Vaccination in Bombay 1863-1868 - 1863-1868
Year: 1863
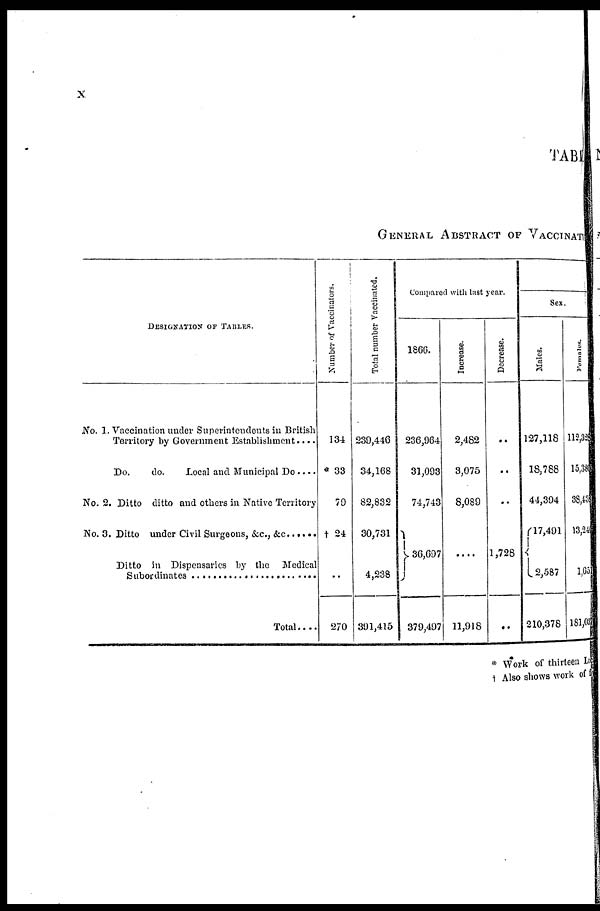
x
TABLE
GENERAL ABSTRACT OF VACCI NATED
DESIGNATION OF TABLES.
No. 1. Vaccination under Superintendents in British
Territory by Government Establishment ....
Do.
do.
Local and Municipal Do....
No. 2. Ditto ditto and others in Native Territory
No. 3. Ditto under Civil Surgeons, &c., &c......
Ditto in Dispensaries by the Medical
Subordinates ...........................
Total....
Number of Vaccinators.
134
* 33
79
† 24
..
270
Total number Vaccinated.
239,446
34,168
82,832
30,731
4,238
391,415
Compared with last year.
1866.
236,964
31,093
74,743
36,697
379,497
Increase.
2,482
3,075
8,089
....
11,918
Decrease.
..
..
..
1,728
..
Sex.
Males.
127,118
18,788
44,394
17,491
2,587
210,378
Females.
113,328
15,380
38,438
13,240
1,651
181,037
* Work of thirteen Local
† Also shows work of 6